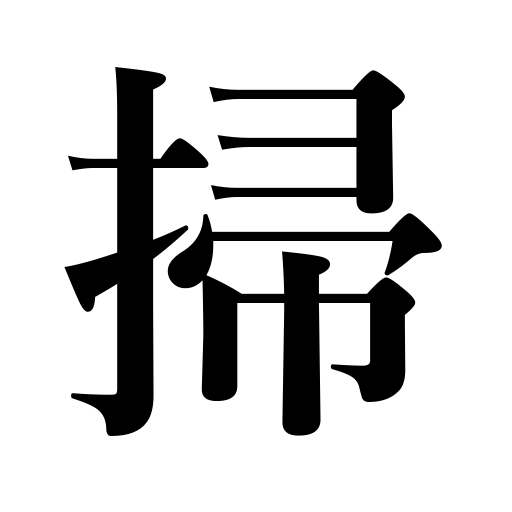
Meanings: sweep,gather up,brush